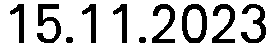
15.11.2023